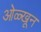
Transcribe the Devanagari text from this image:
ओळ्खून